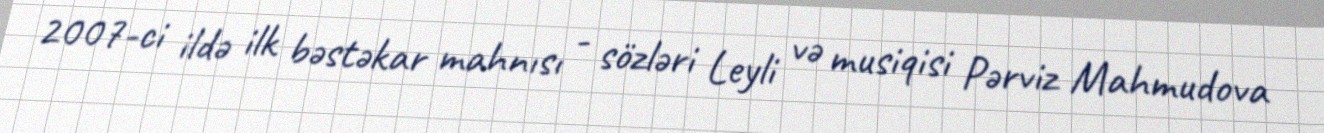
2007-ci ildə ilk bəstəkar mahnısı - sözləri Leyli və musiqisi Pərviz Mahmudova